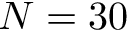
N = 3 0